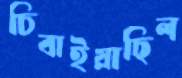
চিবাইয়াছিল